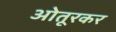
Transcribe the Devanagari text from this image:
ओतूरकर